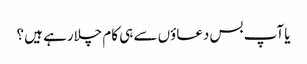
یا آپ بس دعاؤں سے ہی کام چلارہے ہیں ؟